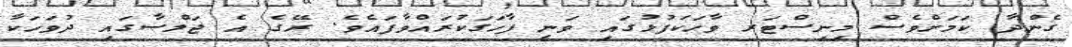
ގެންދާ ކަމަށްވެސް މިނިސްޓަރ ވާހަކަފުޅުގައި ވަނީ ފާހަގަކުރައްވާފައެވެ. ރޭގެ އެ ޖަލްސާގައި ދުވަހަކާ